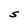
Character: S